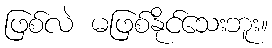
ဖြစ်လဲ မဖြစ်နိုင်သေးဘူး။